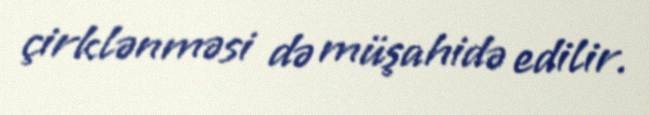
çirklənməsi də müşahidə edilir.